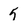
Character: 5